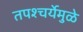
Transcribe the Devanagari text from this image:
तपश्‍चर्येमुळे